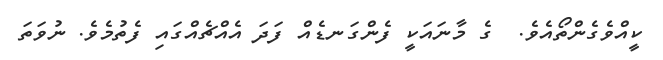
ކީއްވެގެންތޯއެވެ.  ގެ މާނައަކީ ފެންގަނޑެއް ފަދަ އެއްޗެއްގައި ފެތުމެވެ. ނުވަތަ